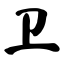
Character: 卫